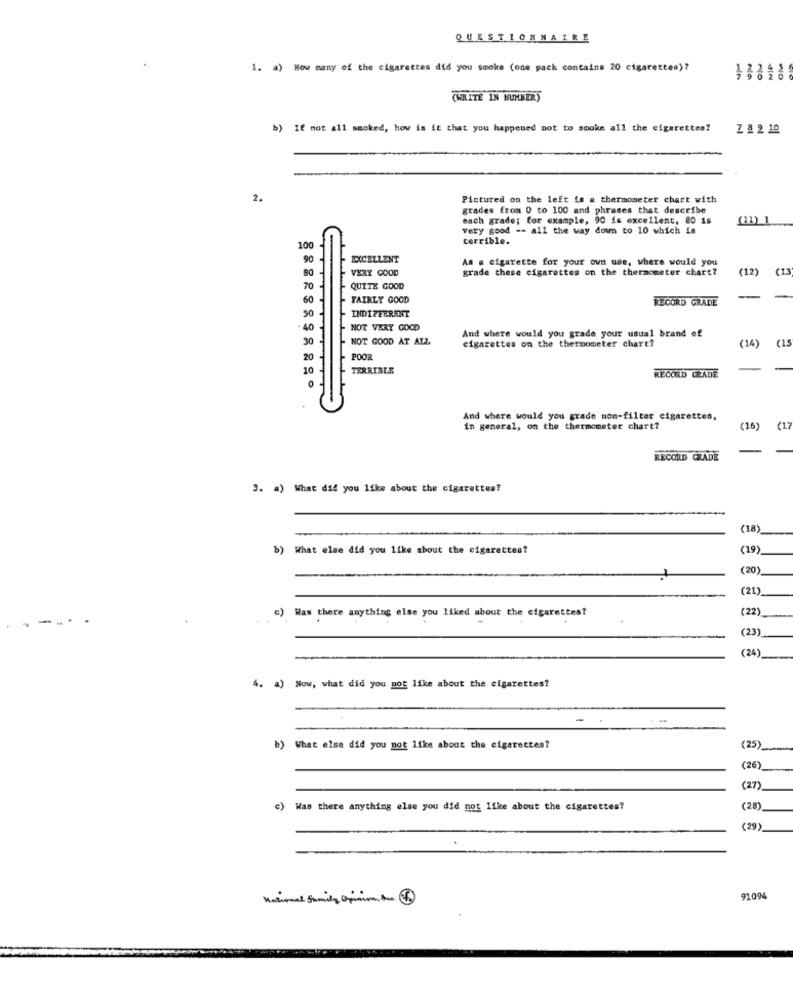
QUESTIONNAIRE
1. a) How many of the cigarettes did you smoke (one pack contains 20 cigarettes)?
(WRITE IN NUMBER)
b) If not all smoked, how is it that you happened not to smoke all the cigarettes?
Z 8 2 10
2.
Pictured on the left is & thermometer chart with
grades from 0 to 100 and phrases that describe
mach grade; for example, 90 is excellent, 80 is
(11) 1
very good -- all the way down to 10 which is
terrible.
100
EXCELLENT
As . cigarette for your own uas, where would you
VERY GOOD
grade these cigarettes on the thermometer chart?
(12)
(13
QUITE GOOD
60
FAIRLY GOOD
RECORD GRADE
INDIFFERENT
40
NOT VERY GOOD
30
NOT GOOD AT ALL
And where would you grade your usual brand of
cigarettes on the thermometer chart?
(14)
(15
20
POOR
10
TERRIBLE
RECORD GRADE
And where would you grade non-filter cigarettes,
in general, on the thermometer chart?
(16)
(17
RECORD GRADE
3. a) What did you like about the cigarettes?
(18)
b) What else did you like about the cigarettest
(19)
(20)
(21)
c) Was there anything else you liked about the cigarettes?
(22)
(23)
(24)
4. a) Now, what did you not like about the cigarettes?
b) What else did you not like about the cigarettes?
(25)
(26)
(27)
c) Was there anything else you did not like about the cigarettes?
(28)
(29)
Mathoral family Opinion, And.
9109